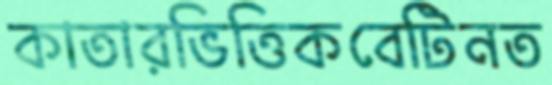
কাতারভিত্তিকবেটিনত